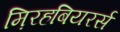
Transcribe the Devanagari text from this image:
म़िरहबियरर्स